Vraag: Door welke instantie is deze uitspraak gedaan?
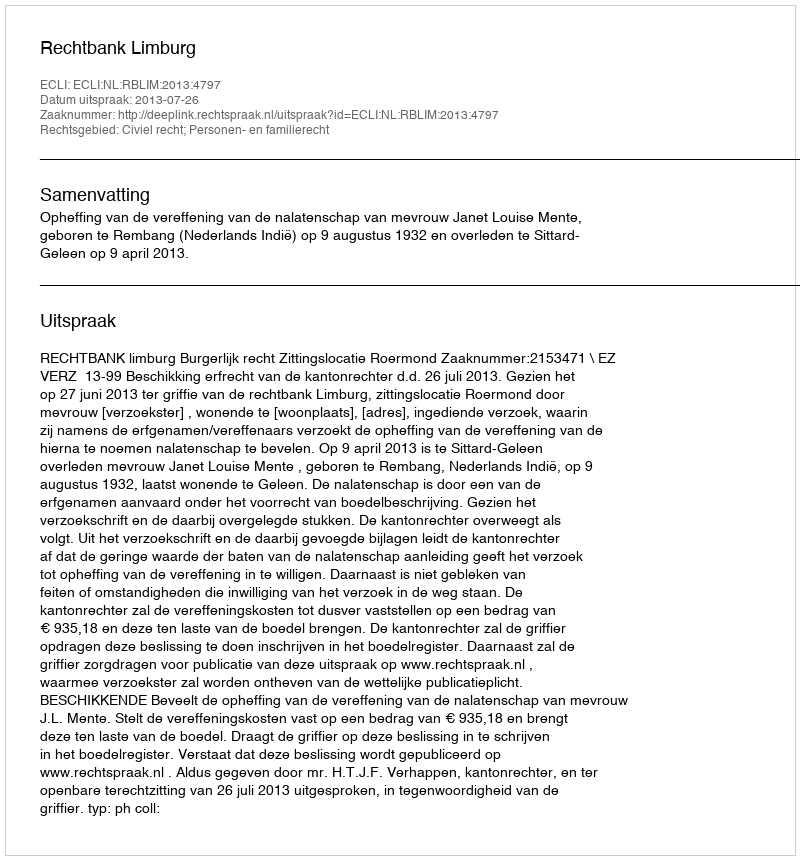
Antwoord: Rechtbank Limburg